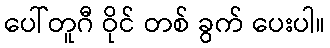
ပေါ်တူဂီ ဝိုင် တစ် ခွက် ပေးပါ။